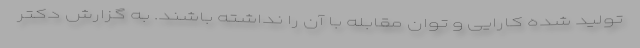
تولید شده کارایی و توان مقابله با آن را نداشته باشند. به گزارش دکتر